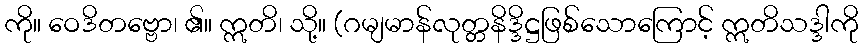
ကို။ ဝေဒိတဗ္ဗော၊ ၏။ ဣတိ၊ သို့။ (ဂမျမာန်လုတ္တနိဒ္ဒိဋ္ဌဖြစ်သောကြောင့် ဣတိသဒ္ဒါကို